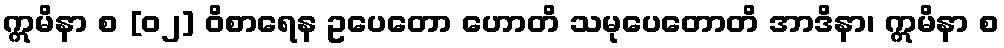
ဣမိနာ စ [၀၂] ဝိစာရေန ဥပေတော ဟောတိ သမုပေတောတိ အာဒိနာ၊ ဣမိနာ စ